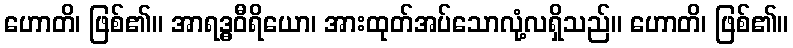
ဟောတိ၊ ဖြစ်၏။ အာရဒ္ဓဝီရိယော၊ အားထုတ်အပ်သောလုံ့လရှိသည်။ ဟောတိ၊ ဖြစ်၏။